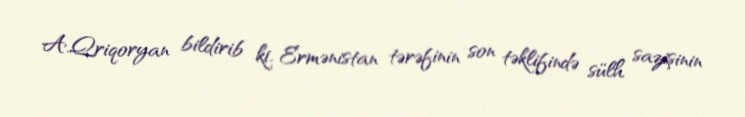
A.Qriqoryan bildirib ki, Ermənistan tərəfinin son təklifində sülh sazişinin